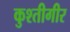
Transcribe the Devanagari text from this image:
कुश्तीगीर